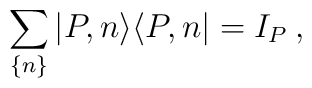
\sum_{\{n\}}|P,n\rangle\langle P,n|=I_{P}\:,